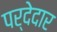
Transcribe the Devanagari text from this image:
पर्देदार